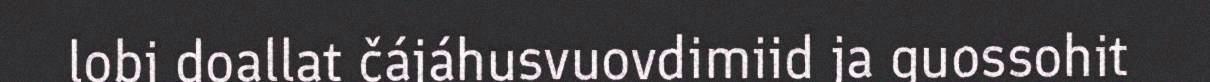
lobi doallat čájáhusvuovdimiid ja guossohit